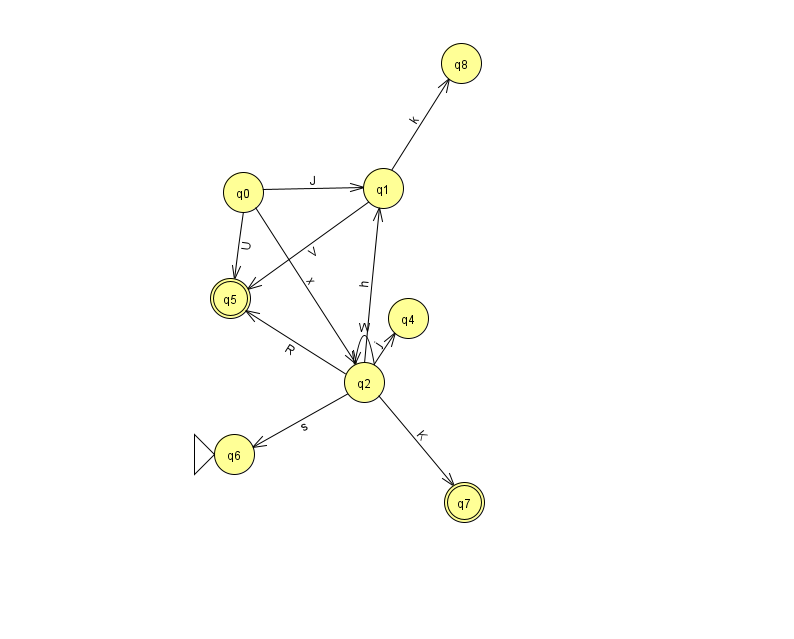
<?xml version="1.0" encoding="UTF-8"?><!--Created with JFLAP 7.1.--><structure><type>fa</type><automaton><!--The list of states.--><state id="0" name="q0"><x>243.0</x><y>179.0</y></state><state id="1" name="q1"><x>383.0</x><y>175.0</y></state><state id="2" name="q2"><x>364.0</x><y>369.0</y></state><state id="4" name="q4"><x>408.0</x><y>305.0</y></state><state id="5" name="q5"><x>230.0</x><y>285.0</y><final/></state><state id="6" name="q6"><x>234.0</x><y>441.0</y><initial/></state><state id="7" name="q7"><x>464.0</x><y>489.0</y><final/></state><state id="8" name="q8"><x>461.0</x><y>50.0</y></state><!--The list of transitions.--><transition><from>2</from><to>7</to><read>K</read></transition><transition><from>0</from><to>1</to><read>J</read></transition><transition><from>0</from><to>2</to><read>x</read></transition><transition><from>1</from><to>5</to><read>V</read></transition><transition><from>1</from><to>8</to><read>k</read></transition><transition><from>2</from><to>5</to><read>R</read></transition><transition><from>2</from><to>2</to><read>W</read></transition><transition><from>0</from><to>5</to><read>U</read></transition><transition><from>2</from><to>4</to><read>j</read></transition><transition><from>2</from><to>1</to><read>h</read></transition><transition><from>2</from><to>6</to><read>s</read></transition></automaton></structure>